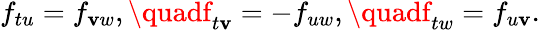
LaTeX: f_{tu}=f_{\mathbf{v}w},\quadf_{t\mathbf{v}}=-f_{uw},\quadf_{tw}=f_{u\mathbf{v}}.